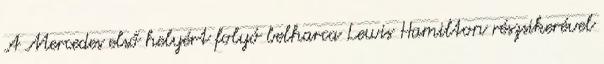
A Mercedes első helyért folyó belharca Lewis Hamilton részsikerével